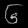
Digit: ၆